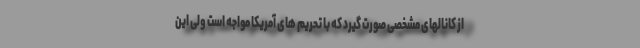
از کانالهای مشخصی صورت گیرد که با تحریم های آمریکا مواجه است ولی این